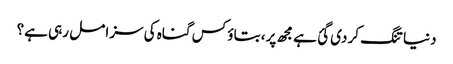
دنیا تنگ کر دی گئ ہے مجھ پر، بتاؤ کس گناہ کی سزا مل رہی ہے؟